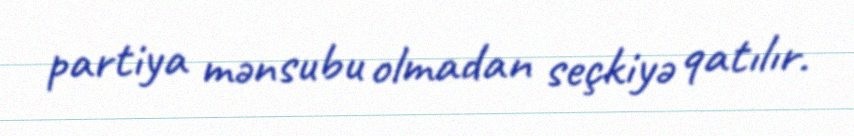
partiya mənsubu olmadan seçkiyə qatılır.